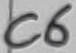
Text: C6